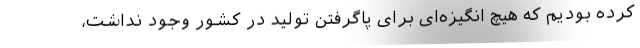
کرده بودیم که هیچ انگیزه‌ای برای پاگرفتن تولید در کشور وجود نداشت،